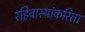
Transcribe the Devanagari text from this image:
रहिवास्यांकरिता